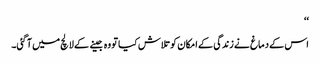
‘‘
اس کے دماغ نے زندگی کے امکان کو تلاش کیا تو وہ جینے کے لالچ میں آ گئی۔